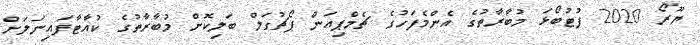
ޔޫރޯ 2020 ފުޓުބޯޅަ މުބާރާތުގެ އެންމެފަހުގެ ޗެމްޕިއަން ޕޯޗުގަލް ބަލިކޮށް މުބާރާތުގެ ކުއާޓާފައިނަލަށް